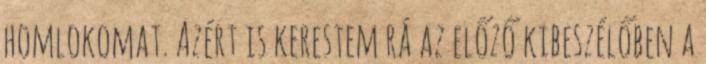
homlokomat. Azért is kerestem rá az előző kibeszélőben a